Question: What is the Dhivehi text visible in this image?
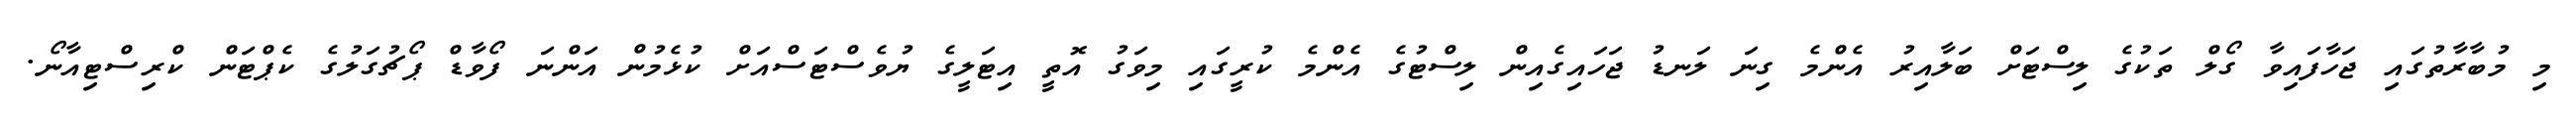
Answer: މި މުބާރާތުގައި ޖަހާފައިވާ ގޯލް ތަކުގެ ލިސްޓަށް ބަލާއިރު އެންމެ ގިނަ ލަނޑު ޖަހައިގެއިން ލިސްޓުގެ އެންމެ ކުރީގައި މިވަގު އޮތީ އިޓަލީގެ ޔުވެސްޓަސްއަށް ކުޅެމުން އަންނަ ފޯވާޑް ޕޯޗުގަލުގެ ކެޕްޓަން ކްރިސްޓިއާނޯ.